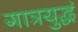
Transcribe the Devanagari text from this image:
गात्रयुद्धं